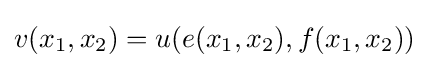
v(x_{1},x_{2})=u(e(x_{1},x_{2}),f(x_{1},x_{2}))